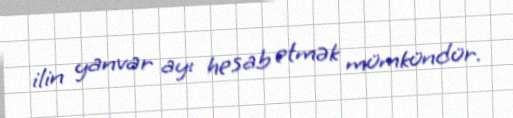
ilin yanvar ayı hesab etmək mümkündür.